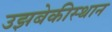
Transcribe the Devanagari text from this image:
उझबेकीस्थान